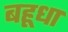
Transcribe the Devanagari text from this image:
बहूधा